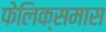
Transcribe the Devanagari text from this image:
फेलिक्समास